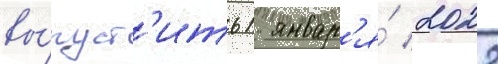
вы́пуст'ить 1 январ'я́ 2022